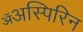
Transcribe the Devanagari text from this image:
ॲअस्पिरिन